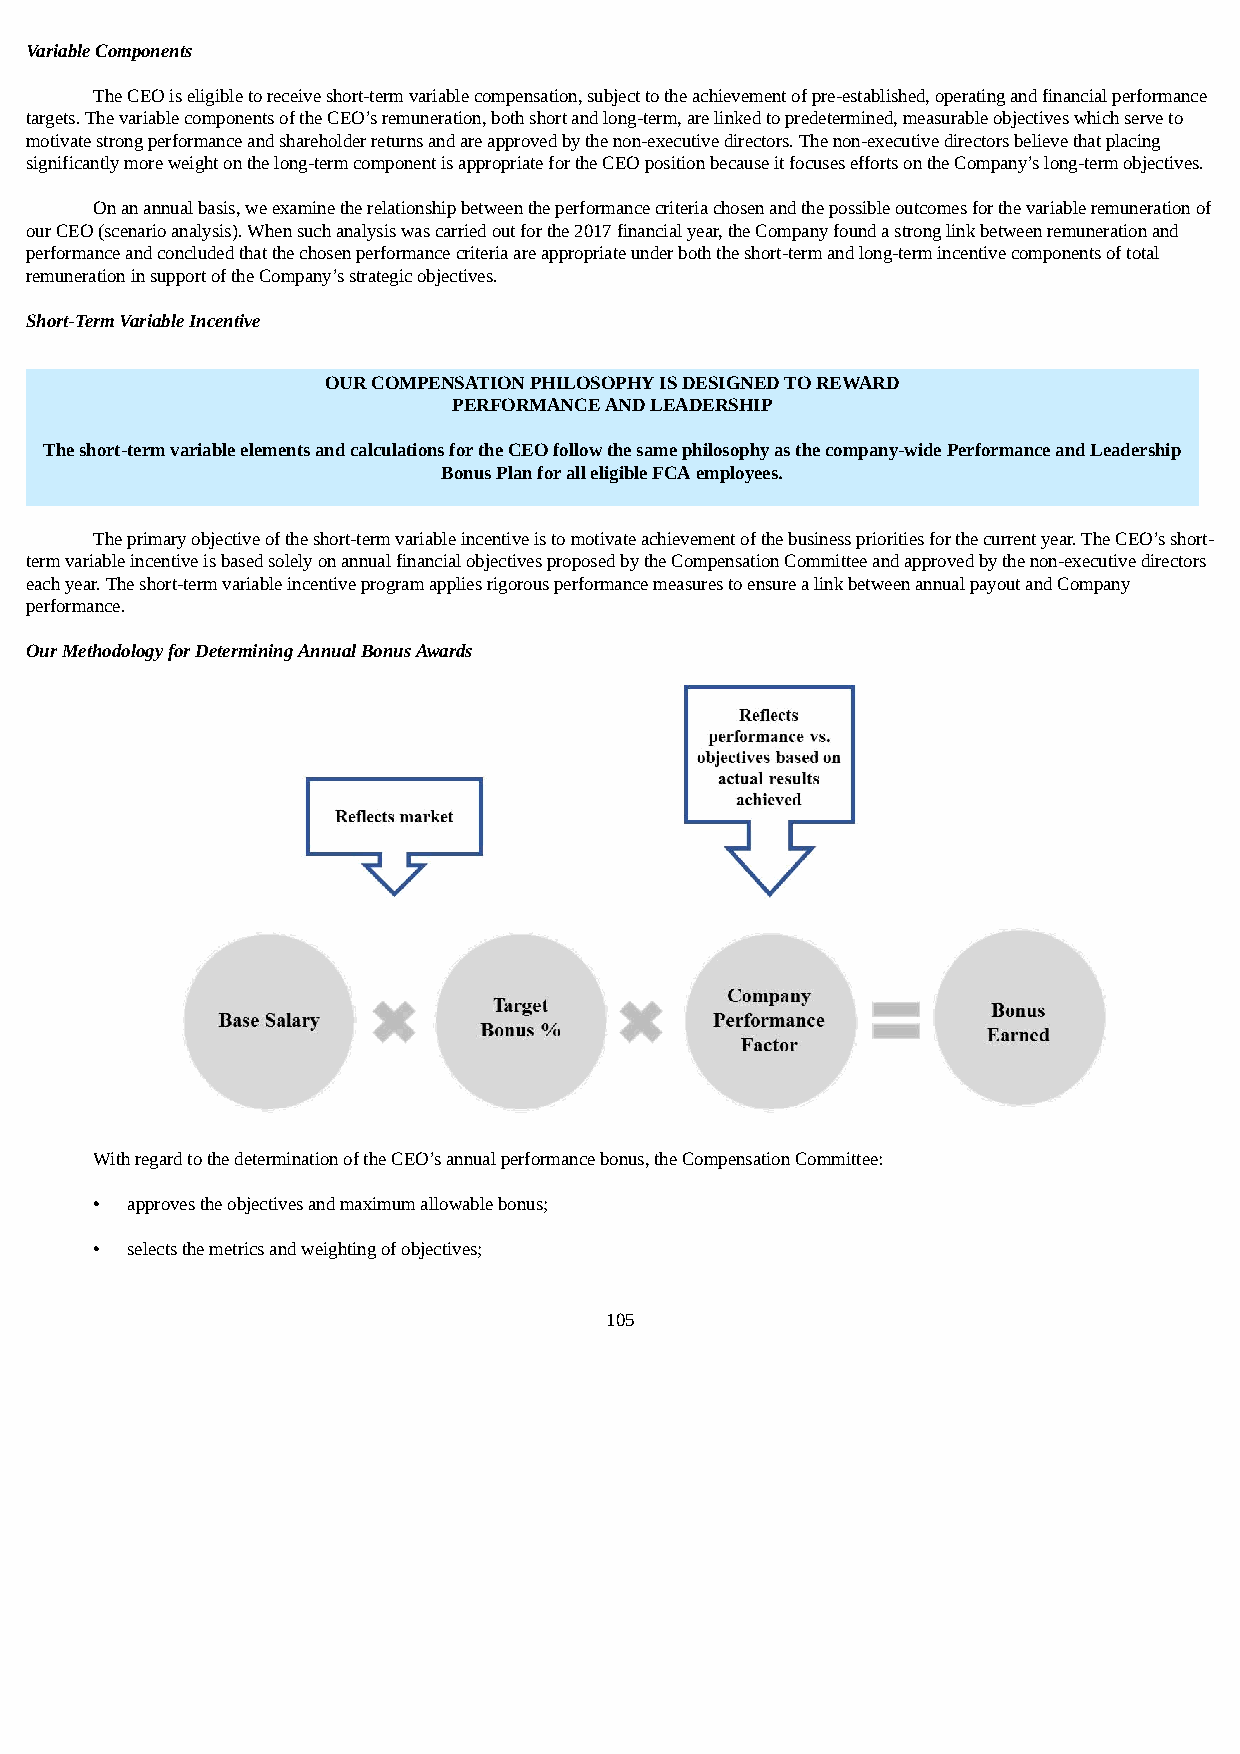
Variable Components
 The CEO is eligible to receive short-term variable compensation, subject to the achievement of pre-established, operating and financial performance
 targets. The variable components of the CEO’s remuneration, both short and long-term, are linked to predetermined, measurable objectives which serve to
 motivate strong performance and shareholder returns and are approved by the non-executive directors. The non-executive directors believe that placing
 significantly more weight on the long-term component is appropriate for the CEO position because it focuses efforts on the Company’s long-term objectives.
 On an annual basis, we examine the relationship between the performance criteria chosen and the possible outcomes for the variable remuneration of
 our CEO (scenario analysis). When such analysis was carried out for the 2017 financial year, the Company found a strong link between remuneration and
 performance and concluded that the chosen performance criteria are appropriate under both the short-term and long-term incentive components of total
 remuneration in support of the Company’s strategic objectives.
 Short-Term Variable Incentive
 OUR COMPENSATION PHILOSOPHY IS DESIGNED TO REWARD
 PERFORMANCE AND LEADERSHIP
 The short-term variable elements and calculations for the CEO follow the same philosophy as the company-wide Performance and Leadership
 Bonus Plan for all eligible FCA employees.
 The primary objective of the short-term variable incentive is to motivate achievement of the business priorities for the current year. The CEO’s short-
 term variable incentive is based solely on annual financial objectives proposed by the Compensation Committee and approved by the non-executive directors
 each year. The short-term variable incentive program applies rigorous performance measures to ensure a link between annual payout and Company
 performance.
 Our Methodology for Determining Annual Bonus Awards
 With regard to the determination of the CEO’s annual performance bonus, the Compensation Committee:
 • approves the objectives and maximum allowable bonus;
 • selects the metrics and weighting of objectives;
 105